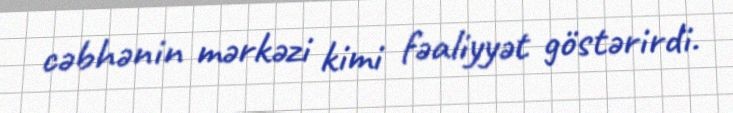
cəbhənin mərkəzi kimi fəaliyyət göstərirdi.